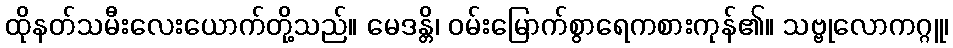
ထိုနတ်သမီးလေးယောက်တို့သည်။ မေဒန္တိ၊ ဝမ်းမြောက်စွာရေကစားကုန်၏။ သဗ္ဗုလောကဂ္ဂူ၊